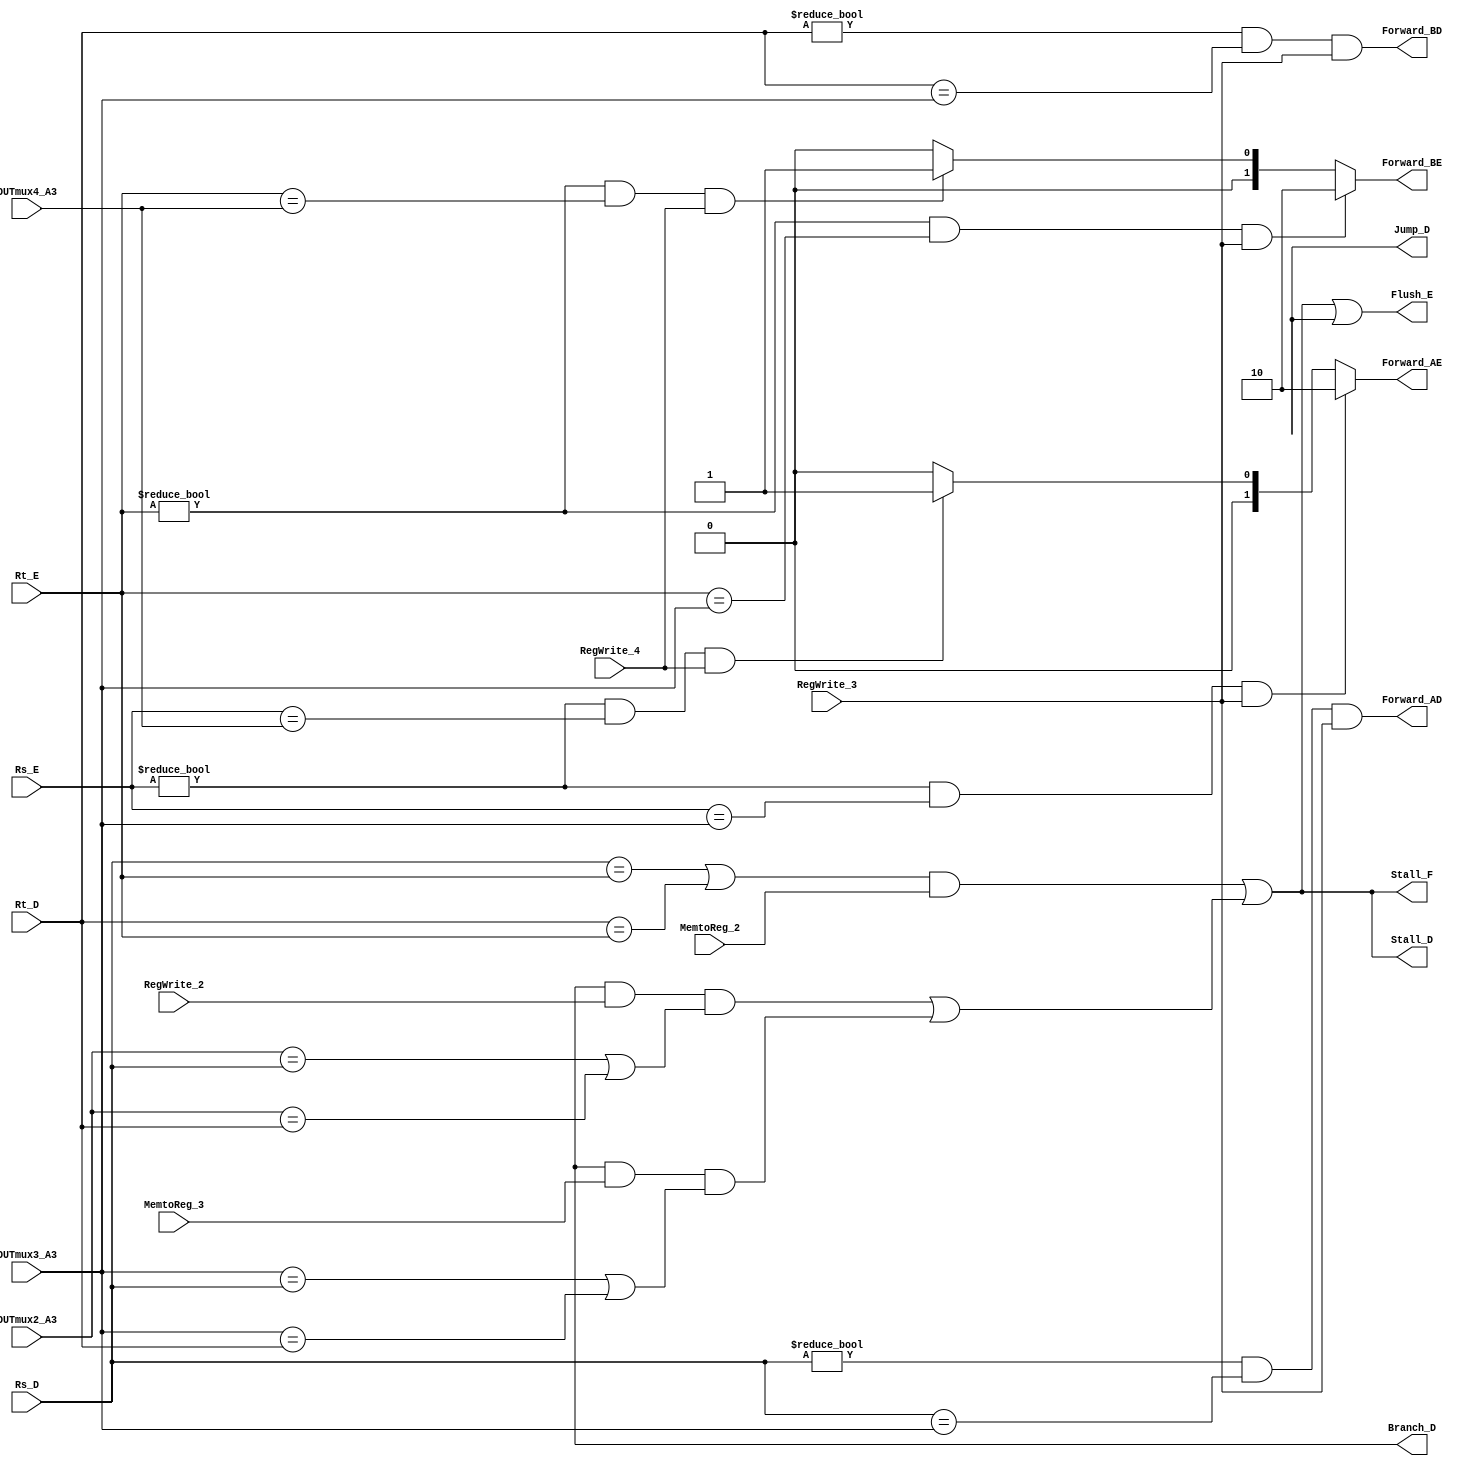

/*
// Module: Hazard unit.v
// Description: Hazard unit verilog code //
// Owner : Mohamed Ayman
*/

module Hazard_Unit

#(parameter datasize = 32)

(
    output   reg    [1:0]               Forward_AE,Forward_BE,
    output   wire                       Forward_AD,Forward_BD,Stall_F,Stall_D,Flush_E,Branch_D,Jump_D,
    input    wire   [4:0]               Rs_E,Rt_E,Rs_D,Rt_D,OUTmux2_A3,OUTmux3_A3,OUTmux4_A3,
    input    wire                       RegWrite_2,RegWrite_3,RegWrite_4,MemtoReg_2,MemtoReg_3

);

wire                       lwstall,branchstall;

assign lwstall = (( Rs_D == Rt_E ) | ( Rt_D == Rt_E )) & (MemtoReg_2) ;

assign Forward_AD = ( Rs_D != 0 ) & ( Rs_D == OUTmux3_A3 ) & ( RegWrite_3 );
assign Forward_BD = ( Rt_D != 0 ) & ( Rt_D == OUTmux3_A3 ) & ( RegWrite_3 );

assign branchstall = ( Branch_D & RegWrite_2 & (( OUTmux2_A3 == Rs_D ) | ( OUTmux2_A3 == Rt_D ) )) | ( Branch_D & MemtoReg_3 & (( OUTmux3_A3 == Rs_D ) | ( OUTmux3_A3 == Rt_D ) )); 

assign Stall_F = lwstall | branchstall;
assign Stall_D = lwstall | branchstall;
assign Flush_E = lwstall | branchstall | Jump_D;

always @ (*)
    begin
        if ( ( Rs_E != 0 ) & ( Rs_E == OUTmux3_A3 ) & (RegWrite_3) )
            Forward_AE = 2'b10;
        else if ( ( Rs_E != 0 ) & ( Rs_E == OUTmux4_A3 ) & (RegWrite_4) )
            Forward_AE = 2'b01;
        else
            Forward_AE = 2'b00;
    end

always @ (*)
    begin
        if ( ( Rt_E != 0 ) & ( Rt_E == OUTmux3_A3 ) & (RegWrite_3) )
            Forward_BE = 2'b10;
        else if ( ( Rt_E != 0 ) & ( Rt_E == OUTmux4_A3 ) & (RegWrite_4) )
            Forward_BE = 2'b01;
        else
            Forward_BE = 2'b00;
    end

endmodule